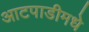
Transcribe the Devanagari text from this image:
आटपाडीमधे